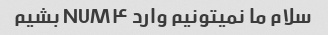
سلام ما نمیتونیم وارد NUM۴ بشیم